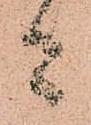
者